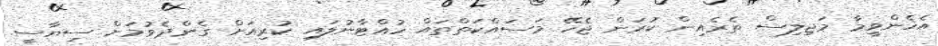
އެހެންވީމާ މަޖިލިސް ތެރެއިން ކުރަން ޖެހޭ މަސައްކަތްތައް ހުއްޓާނުލައި ކުރިއަށް ގެންދެވުމަށް ސިޔާސީ